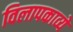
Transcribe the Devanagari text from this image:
विलापकाव्ये